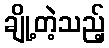
ချို့တဲ့သည့်